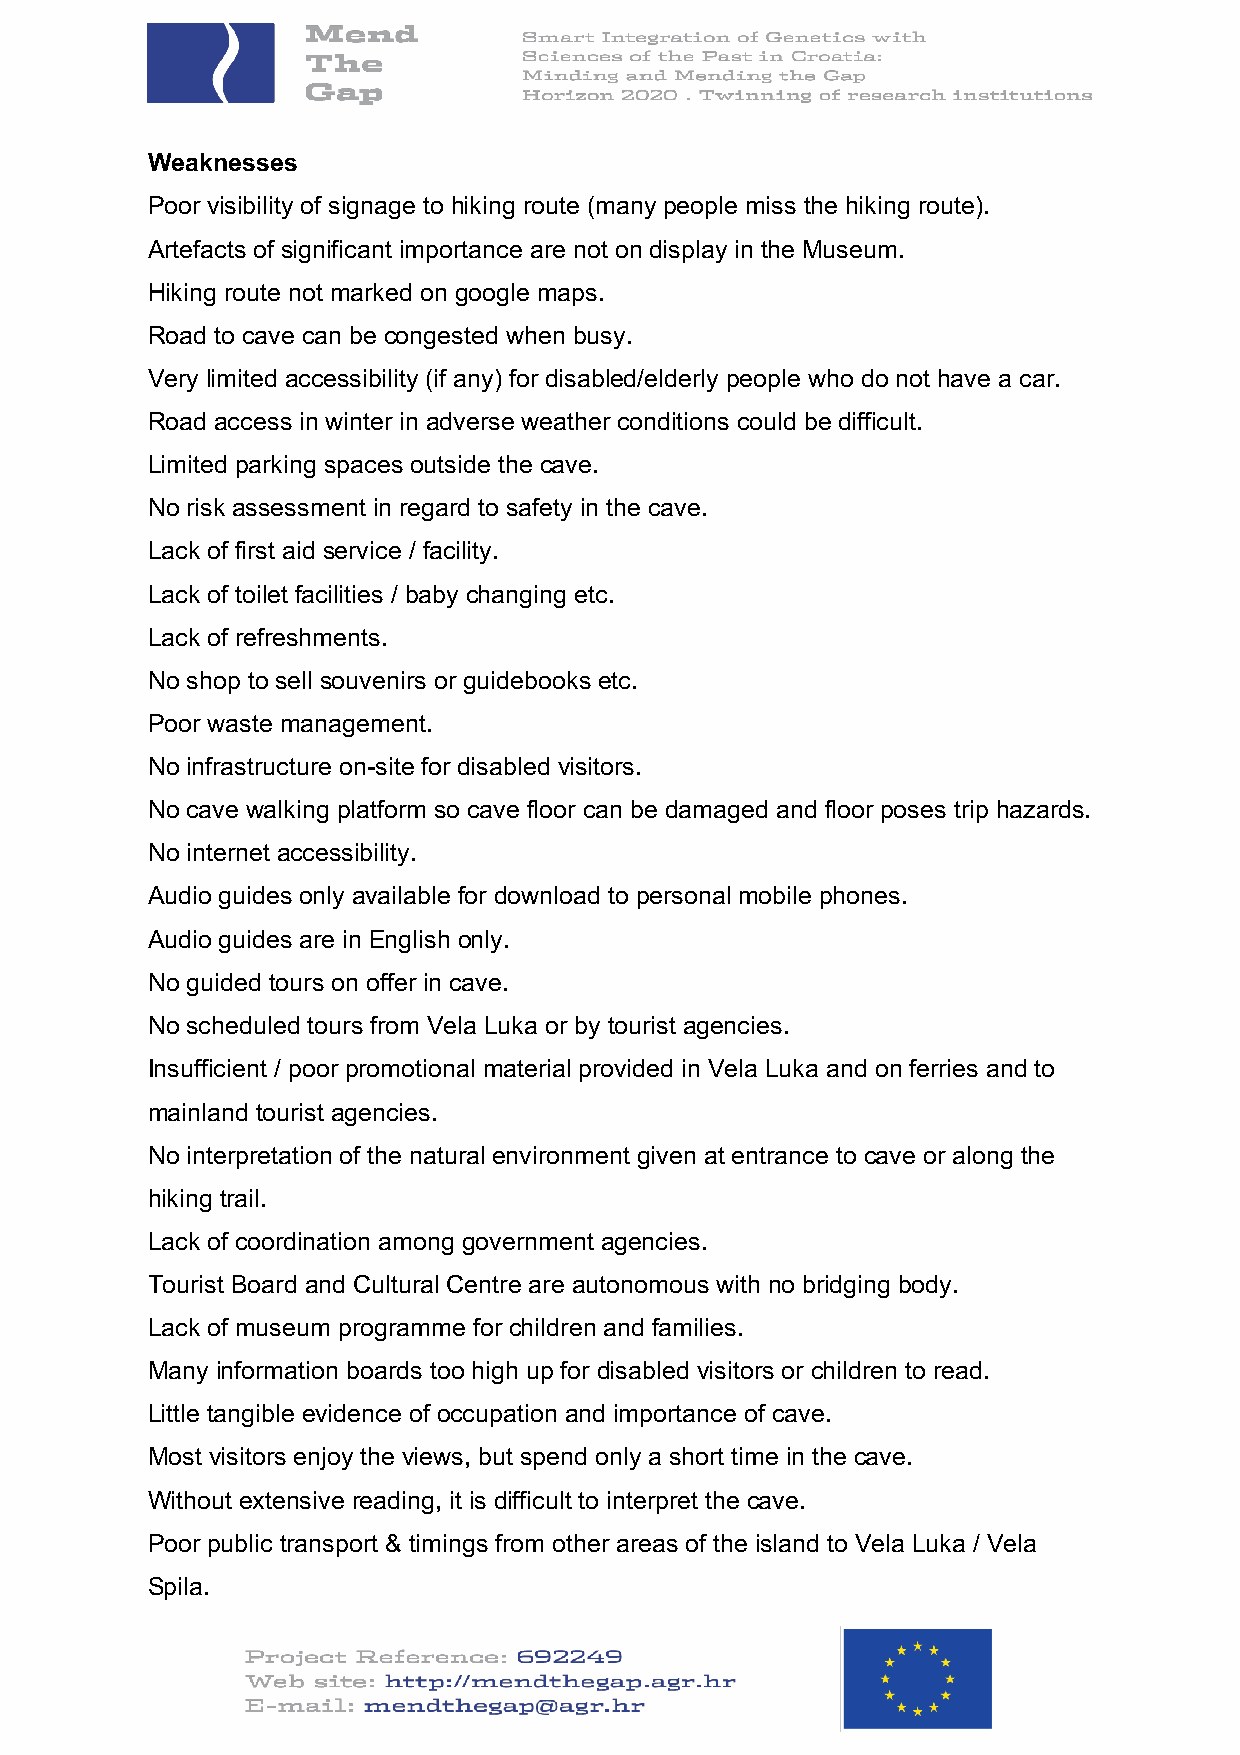
Weaknesses
 Poor visibility of signage to hiking route (many people miss the hiking route).
 Artefacts of significant importance are not on display in the Museum.
 Hiking route not marked on google maps.
 Road to cave can be congested when busy.
 Very limited accessibility (if any) for disabled/elderly people who do not have a car.
 Road access in winter in adverse weather conditions could be difficult.
 Limited parking spaces outside the cave.
 No risk assessment in regard to safety in the cave.
 Lack of first aid service / facility.
 Lack of toilet facilities / baby changing etc.
 Lack of refreshments.
 No shop to sell souvenirs or guidebooks etc.
 Poor waste management.
 No infrastructure on-site for disabled visitors.
 No cave walking platform so cave floor can be damaged and floor poses trip hazards.
 No internet accessibility.
 Audio guides only available for download to personal mobile phones.
 Audio guides are in English only.
 No guided tours on offer in cave.
 No scheduled tours from Vela Luka or by tourist agencies.
 Insufficient / poor promotional material provided in Vela Luka and on ferries and to
 mainland tourist agencies.
 No interpretation of the natural environment given at entrance to cave or along the
 hiking trail.
 Lack of coordination among government agencies.
 Tourist Board and Cultural Centre are autonomous with no bridging body.
 Lack of museum programme for children and families.
 Many information boards too high up for disabled visitors or children to read.
 Little tangible evidence of occupation and importance of cave.
 Most visitors enjoy the views, but spend only a short time in the cave.
 Without extensive reading, it is difficult to interpret the cave.
 Poor public transport & timings from other areas of the island to Vela Luka / Vela
 Spila.